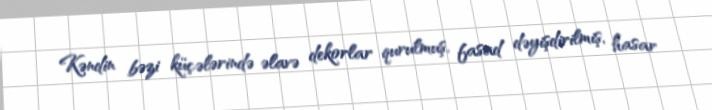
Kəndin bəzi küçələrində əlavə dekorlar qurulmuş, fasad dəyişdirilmiş, hasar